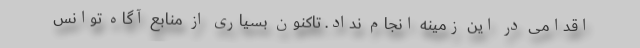
اقدامی در این زمینه انجام نداد. تاکنون بسیاری از منابع آگاه توانس